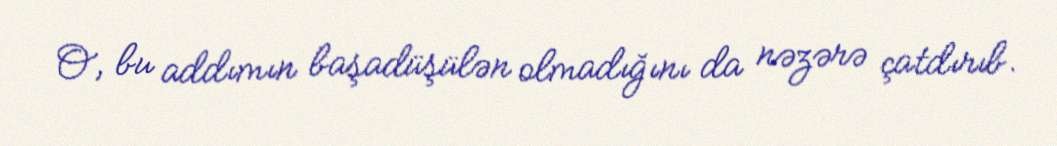
O, bu addımın başadüşülən olmadığını da nəzərə çatdırıb.